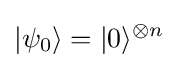
|\psi _{0}\rangle =|0\rangle ^{\otimes n}